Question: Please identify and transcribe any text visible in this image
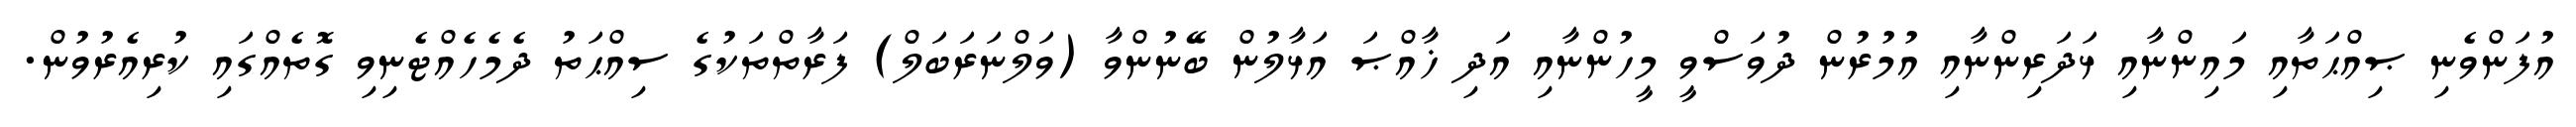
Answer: އުފަންވެނި ޞިއްޙަތާއި މައިންނާއި ޅަދަރިންނާއި އުމުރުން ދުވަސްވީ މީހުންނާއި އަދި ޚާއްޞަ އަޅާލުން ބޭނުންވާ (ވަލްނަރަބަލް) ފަރާތްތަކުގެ ސިއްޙަތު ދެމެހެއްޓެނިވި ގޮތެއްގައި ކުރިއެރުވުން.